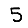
Digit: 5